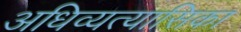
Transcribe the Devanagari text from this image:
अधिव्यत्यासिका